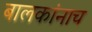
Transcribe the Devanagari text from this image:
बालकांनाच